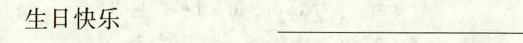
生日快乐_________